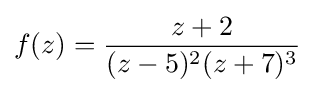
f(z)={\frac {z+2}{(z-5)^{2}(z+7)^{3}}}